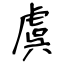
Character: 虞